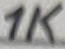
Text: 1K